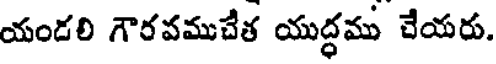
యండలి గౌరవముచేత యుద్ధము చేయరు.